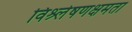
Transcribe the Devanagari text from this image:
विश्र्लेषणक्षमता